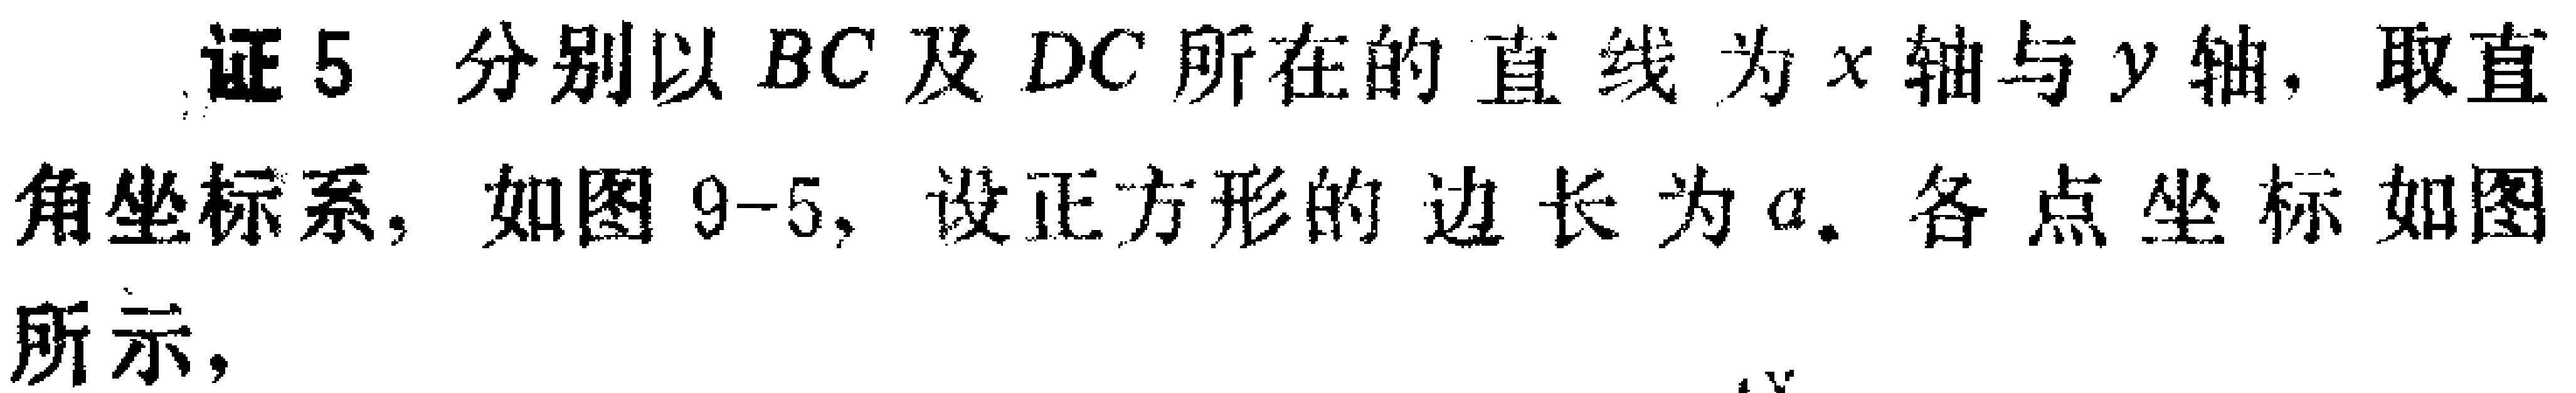
证5 分别以 \(BC\) 及 \(DC\) 所在的直线为 \(x\) 轴与 \(y\) 轴，取直角坐标系，如图9-5，设正方形的边长为 \(a\). 各点坐标如图所示，